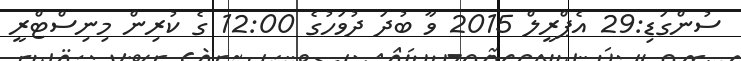
ސުންގަޑި:29 އެޕްރީލް 2015 ވާ ބުދަ ދުވަހުގެ 12:00 ގެ ކުރިން މިނިސްޓްރީ